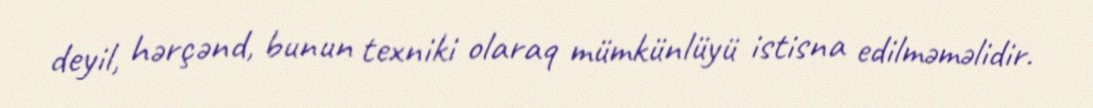
deyil, hərçənd, bunun texniki olaraq mümkünlüyü istisna edilməməlidir.